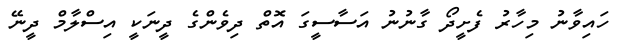
ހައިވާނު މިހާރު ފެށީދޯ ގާނުނު އަސާސީގަ އޮތް ދިވެންގެ ދީނަކީ އިސްލާމް ދީނޭ